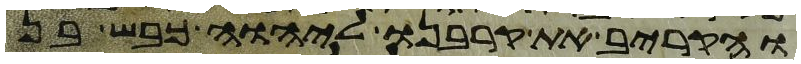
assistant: והקריב את קרבנו ליהוה כבש בן